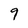
Character: 9